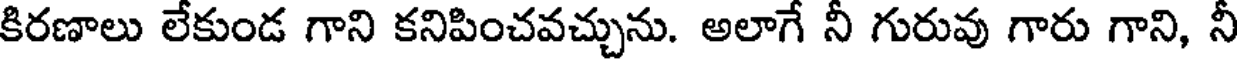
కిరణాలు లేకుండ గాని కనిపించవచ్చును. అలాగే నీ గురువు గారు గాని, నీ